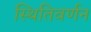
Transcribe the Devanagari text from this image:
स्थितिवर्णन